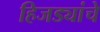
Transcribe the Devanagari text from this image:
हिजड्यांचे